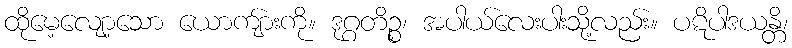
ထိုမေ့လျော့သော ယောကျ်ားကို။ ဒုဂ္ဂတိဉ္စ၊ အပါယ်လေးပါးသို့လည်း။ ပဋိပါဒယန္တိ၊